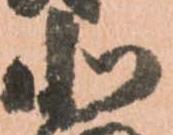
北